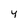
Character: 4